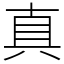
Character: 真